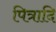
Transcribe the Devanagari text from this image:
पित्रादि